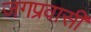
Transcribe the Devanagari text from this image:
जगप्रवासी